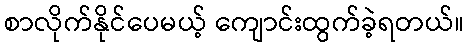
စာလိုက်နိုင်ပေမယ့် ကျောင်းထွက်ခဲ့ရတယ်။